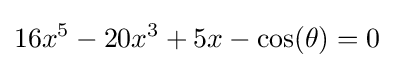
16x^{5}-20x^{3}+5x-\cos(\theta )=0